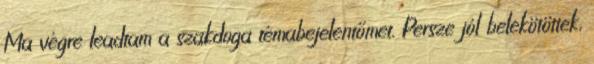
Ma végre leadtam a szakdoga témabejelentőmet. Persze jól belekötöttek,